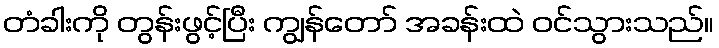
တံခါးကို တွန်းဖွင့်ပြီး ကျွန်တော် အခန်းထဲ ဝင်သွားသည်။